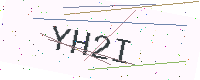
Text: YH2I